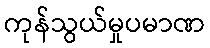
ကုန်သွယ်မှုပမာဏ